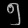
Digit: ၅